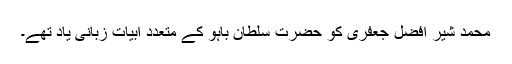
محمد شیر افضل جعفری کو حضرت سلطان باہو کے متعدد ابیات زبانی یاد تھے۔